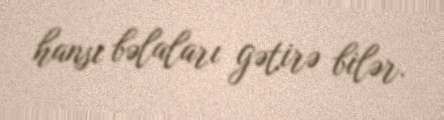
hansı bəlaları gətirə bilər.